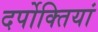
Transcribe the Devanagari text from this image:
दर्पोक्तियां